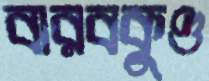
বারবকুণ্ড